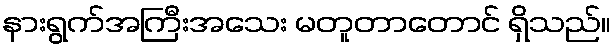
နားရွက်အကြီးအသေး မတူတာတောင် ရှိသည်။